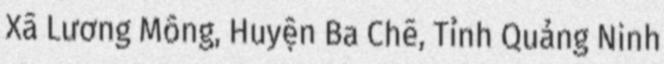
Xã Lương Mông, Huyện Ba Chẽ, Tỉnh Quảng Ninh